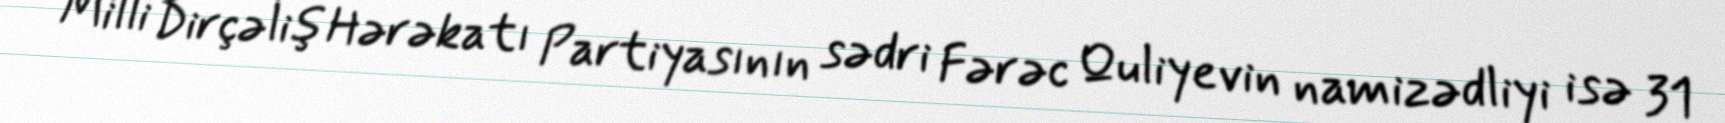
Milli Dirçəliş Hərəkatı Partiyasının sədri Fərəc Quliyevin namizədliyi isə 31